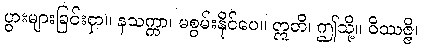
ပွားများခြင်းငှာ။ နသက္ကာ၊ မစွမ်းနိုင်ပေ။ ဣတိ၊ ဤသို့။ ဝိဿဇ္ဇိ၊